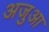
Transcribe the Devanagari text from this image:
अजुआ